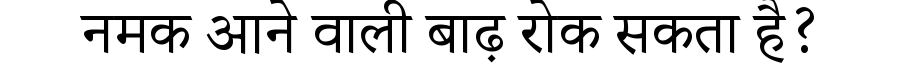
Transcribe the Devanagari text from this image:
नमक आने वाली बाढ़ रोक सकता है?